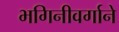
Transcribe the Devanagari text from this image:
भगिनीवर्गाने